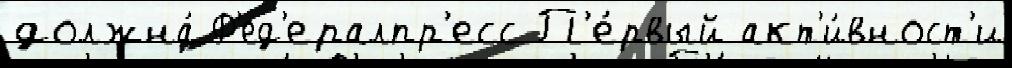
должна́ Ф'ед'ералпр'есс П'е́рвый акт'и́вност'и